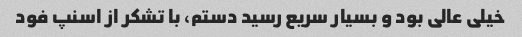
خیلی عالی بود و بسیار سریع رسید دستم، با تشکر از اسنپ فود